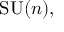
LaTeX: \mathrm { S U } ( n ) ,